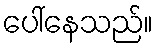
ပေါ်နေသည်။